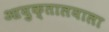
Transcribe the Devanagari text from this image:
आयुक्तालयाला